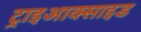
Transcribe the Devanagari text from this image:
ट्राइआक्साइड